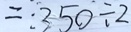
= : 3 5 0 \div 2